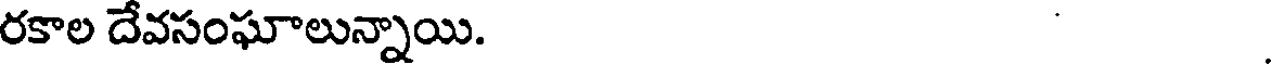
రకాల దేవసంఘాలున్నాయి.